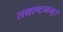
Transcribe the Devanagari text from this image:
तथाष्टमम्।